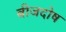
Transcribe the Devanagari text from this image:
बीजदोष